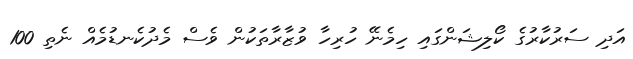
އަދި ސަރުކާރުގެ ކޯލިޝަންގައި ހިމެނޭ ހުރިހާ ވުޒާރާތަކުން ވެސް މެދުކެނޑުމެއް ނެތި 100